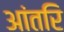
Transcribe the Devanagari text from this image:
आंतरि